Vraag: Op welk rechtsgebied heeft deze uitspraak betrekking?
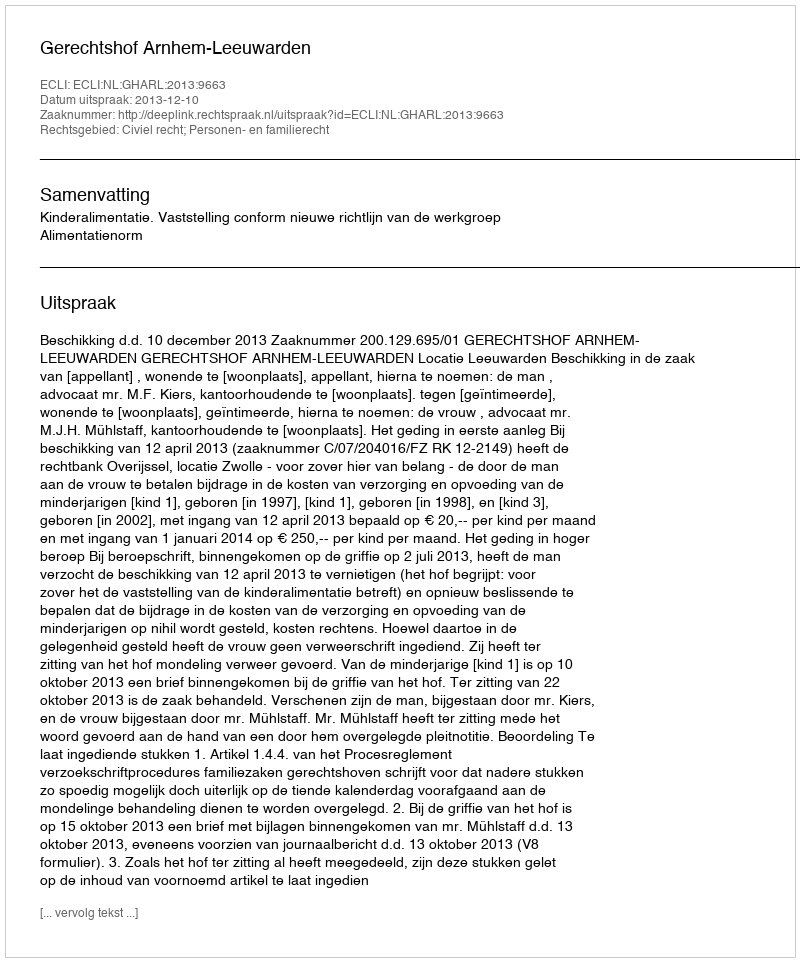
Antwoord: Civiel recht; Personen- en familierecht